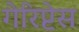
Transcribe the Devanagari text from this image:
गेरिप्टेस